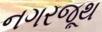
નગરજૂથ